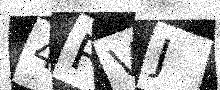
Text: 4RVJ